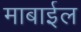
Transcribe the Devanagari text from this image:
माबाईल